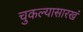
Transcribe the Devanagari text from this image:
चुकल्यासारखं